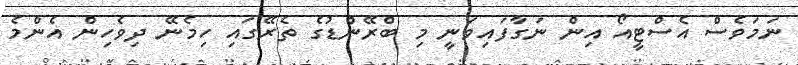
ނަމަވެސް އެސްޓީއޯ އިން ނަގާފައިވަނީ މި ބްރޭންޑުގެ ތެރޭގައި ހިމެނޭ ދިވެހިން އެންމެ